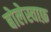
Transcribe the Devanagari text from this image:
बोलेस्वाफ़